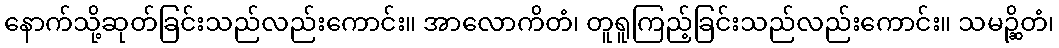
နောက်သို့ဆုတ်ခြင်းသည်လည်းကောင်း။ အာလောကိတံ၊ တူရူကြည့်ခြင်းသည်လည်းကောင်း။ သမဉ္ဆိတံ၊